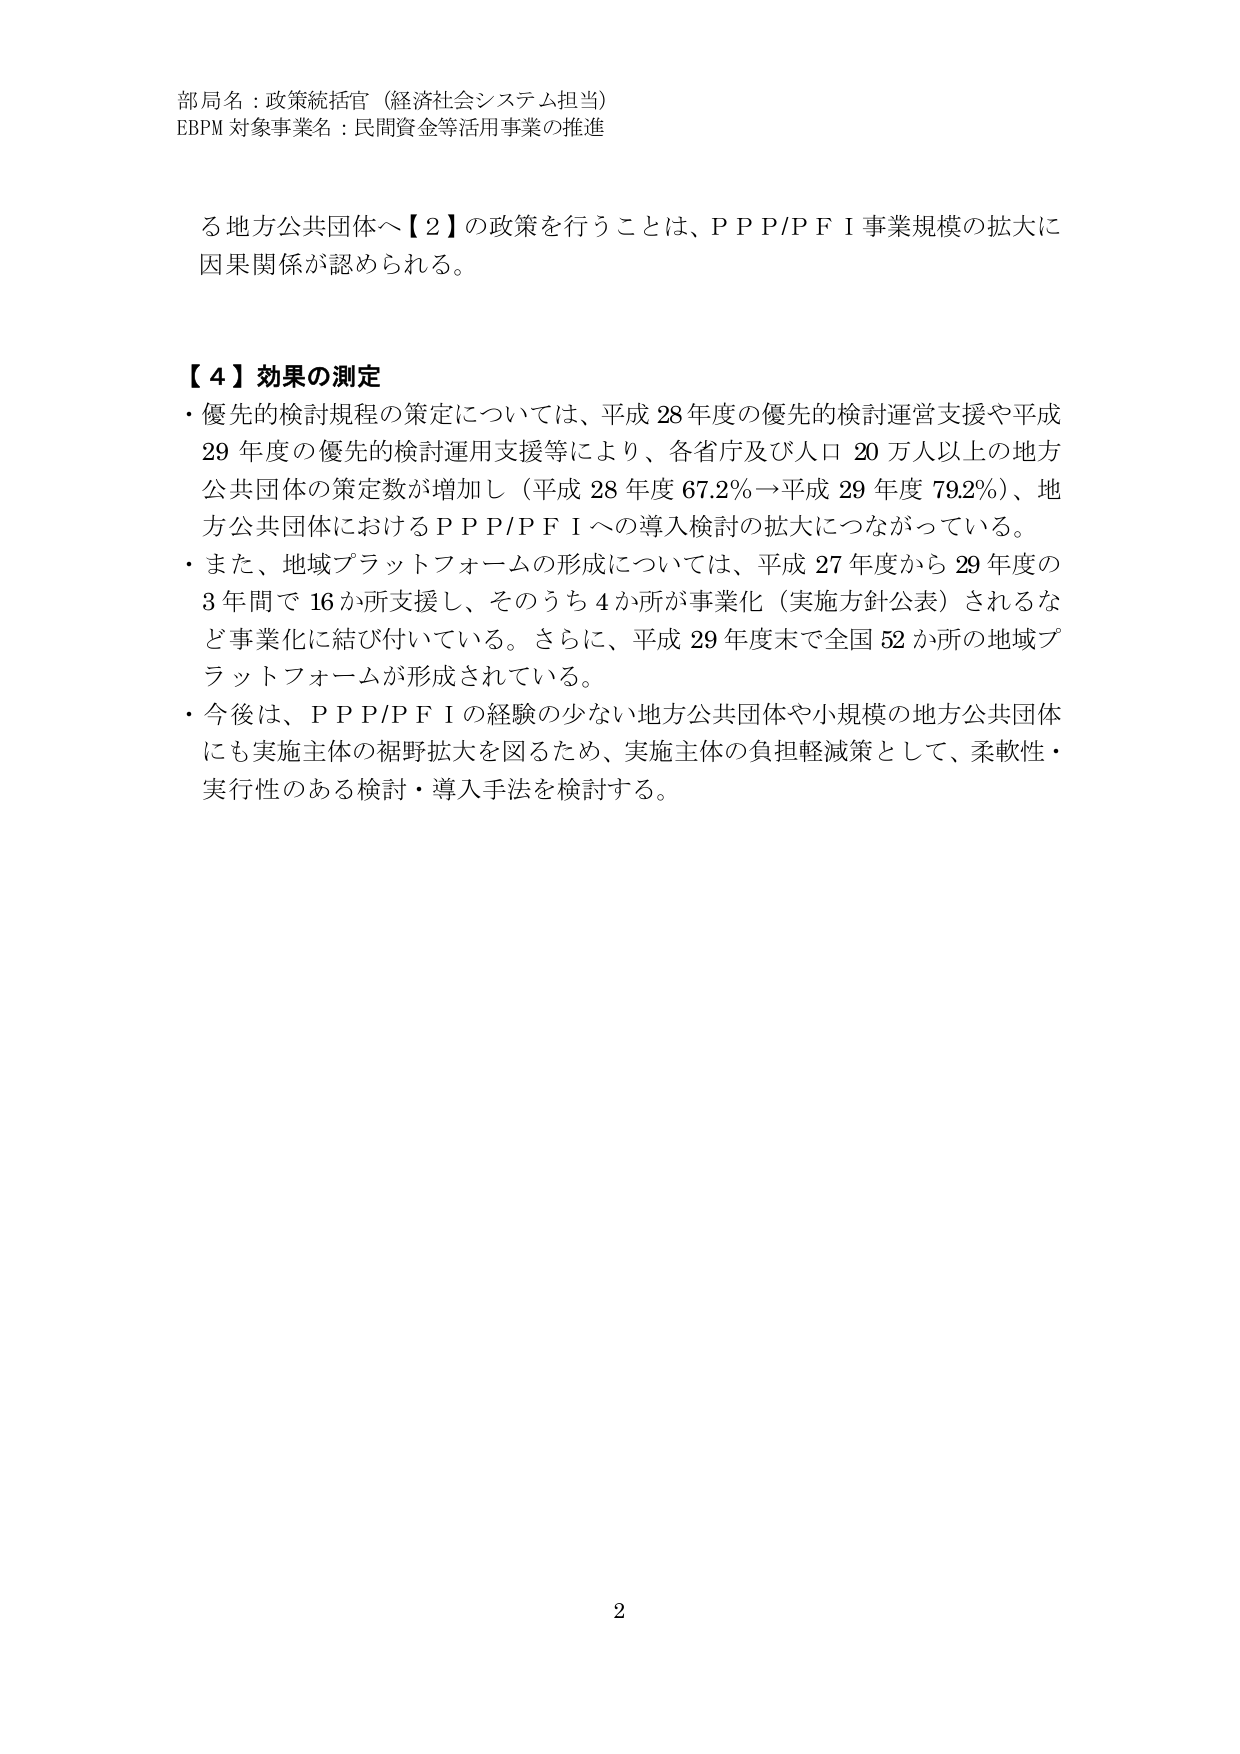
部局名：政策統括官（経済社会システム担当）
EBPM 対象事業名：民間資金等活用事業の推進

る地方公共団体へ【2】の政策を行うことは、ＰＰＰ/ＰＦＩ事業規模の拡大に
因果関係が認められる。

【4】効果の測定
・優先的検討規程の策定については、平成28年度の優先的検討運営支援や平成
29年度の優先的検討運用支援等により、各省庁及び人口20万人以上の地方
公共団体の策定数が増加し（平成28年度67.2％→平成29年度79.2％）、地
方公共団体におけるＰＰＰ/ＰＦＩへの導入検討の拡大につながっている。
・また、地域プラットフォームの形成については、平成27年度から29年度の
3年間で16か所支援し、そのうち4か所が事業化（実施方針公表）されるな
ど事業化に結び付いている。さらに、平成29年度末で全国52か所の地域プ
ラットフォームが形成されている。
・今後は、ＰＰＰ/ＰＦＩの経験の少ない地方公共団体や小規模の地方公共団体
にも実施主体の裾野拡大を図るため、実施主体の負担軽減策として、柔軟性・
実行性のある検討・導入手法を検討する。

2